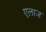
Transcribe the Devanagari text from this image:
एलाज